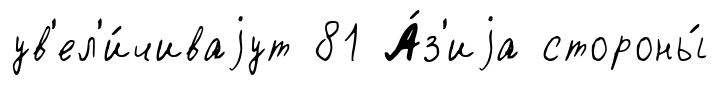
ув'ел'и́чиваjут 81 А́з'иjа стороны́